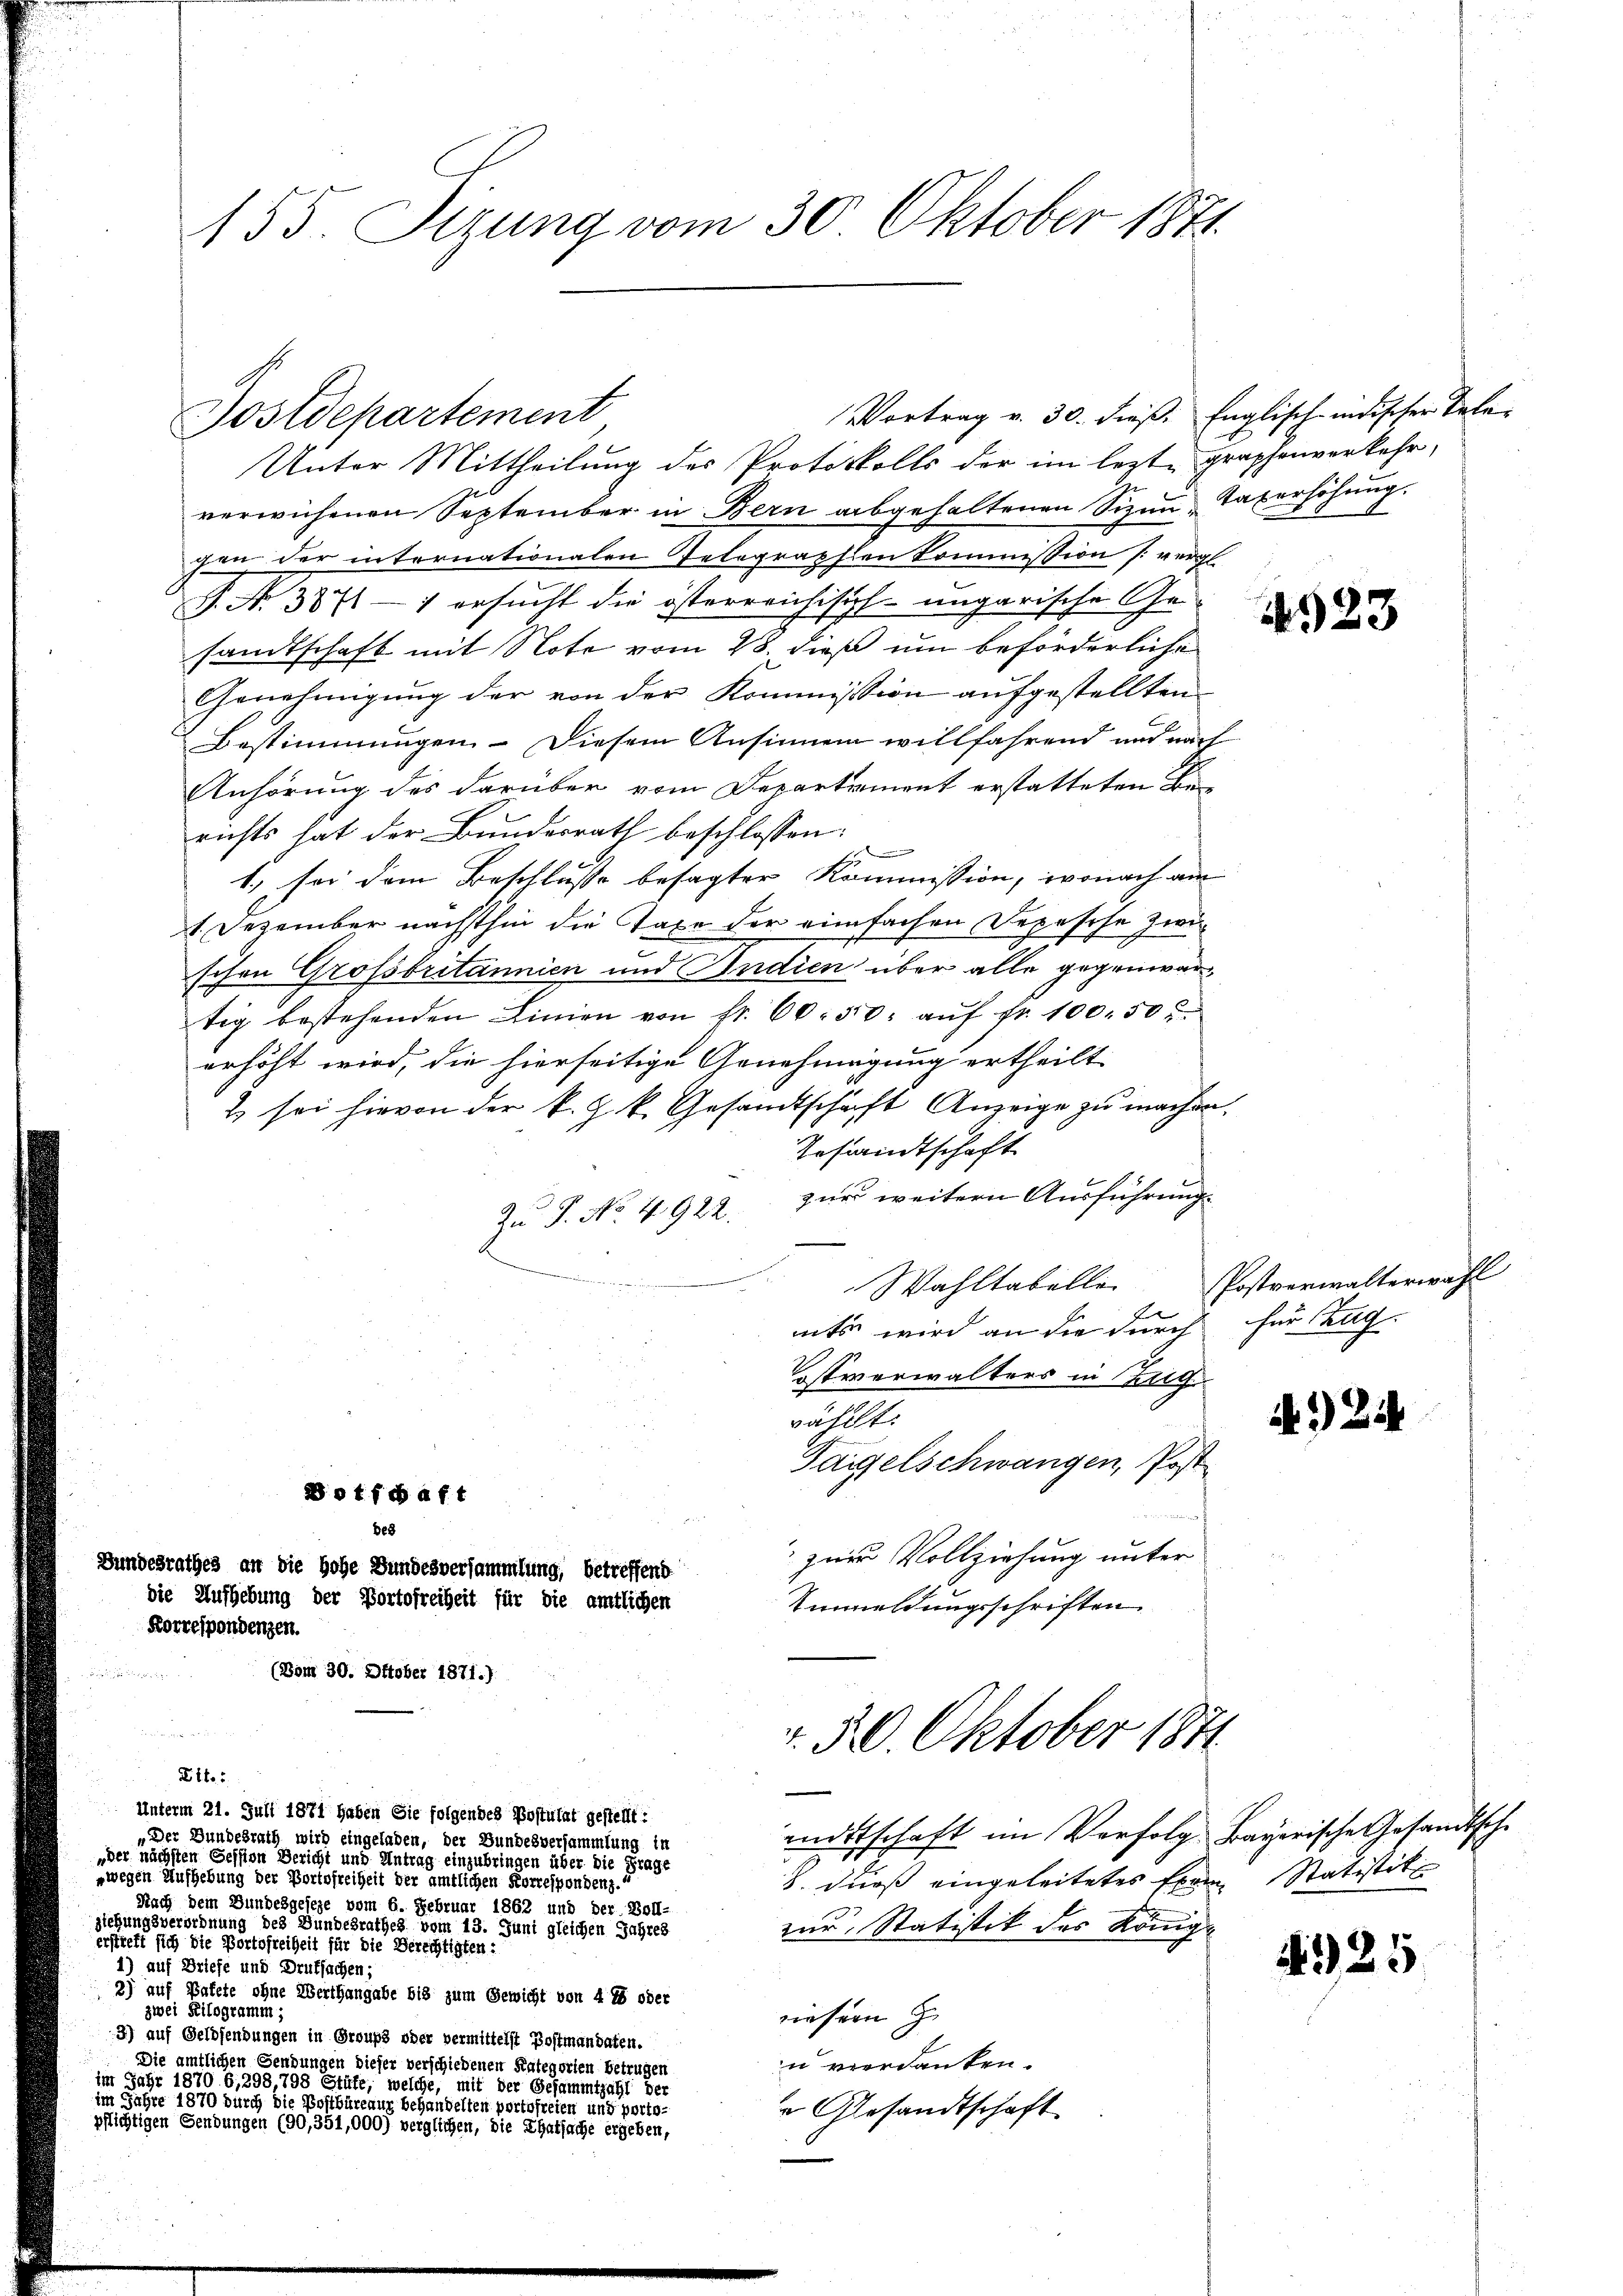
155 Sizung vom 30. Oktober 1871.

Postdepartement

Vortrag v. 30. dieß: Englisch-indischer Tele-
Unter Mittheilung des Protokolls der im lezte graphenverkehr,
verwichenen September in Bern abgehaltenen Sizen Taxerhöhung.
gen der internationalen Telegraphen Commission vergl.
P. N. 3871 — 1 ersucht die österreichisch-ungarische Gesandtschaft mit Note vom 28. dieß um beförderliche
Genehmigung der von der Kommission aufgestellten
Bestimmungen. Diesem Ansinnen willfahrend und nach
Anhörung des darüber vom Departement erstatteten Berichts hat der Bundesrath beschlossen:
1.) sei dem Beschlusse besagter Kommission, wonach am
1. Dezember nächsthin die Taxe der einfachen Depesche zwischen Grossbritannien und Indien über alle gegenwärtig bestehenden Linien von fr. 60. 50. aŭf fr. 100. 50.
erhöht wird, die hierseitige Genehmigung ertheilt
2 sei hievon der k. J. k. Gesandtschaft Anzeige zu machen.
Gesandtschaft
zur weitern Ausführung
Zu P. No. 4922.
ndern der
Wahltabelle
f
mts wird an die durch für Tag.
stverwalters in Hilf
wählt:
Taigelschwangen, Post
Dotfchaft
des
 zur Vollziehung unter
desrathes an die hohe Bundesversammlung, betreffend
die Aufhebung der Portofreiheit für die amtlichen
Umnmeldungsschriften
Korrespondenzen.
2
(Bom 30. Oktober 1871.)

Eit.:

Unterm 21. Juli 1871 haben Sie folgendes Postulat gestellt:
„Der Bundesrath wird eingeladen, der Bundesversammlung in
„der nächsten Session Bericht und Antrag einzubringen über die Frage
„wegen Aufhebung der Portofreiheit der amtlichen Korrespondenz.
Nach dem Bundesgeseze vom 6. Februar 1862 und der Boll-
iehungsverordnung des Bundesrathes vom 13. Juni gleichen Jahres
rieft sich die Portofreiheit für die Berechtigten:
1) auf Briefe und Drufsachen;
2) auf Pakete ohne Werthangabe bis zum Gewicht von 4 % oder
zwei Kilogramm,
3) auf Geldsendungen in Groups oder vermittelst Postmandaten.
Die amtlichen Gendungen dieser verschiedenen Kategorien betrugen
 Jahr 18706, 298, 79, welche an der Gesammtzahl der
n Jahre 1870 durch die Hoffbarung behandelten portofreien und Porto
slichtigen Gendungen (90,351,000) verglichen, die Thatsache ergeben,

nittschaft im Verfolg. Bayerische Gesandtsche
8. dieß eingeleitetes Exem Statistike
zur Statistik des König.
unsern z
n verdanken.
 Gesandtschaft

v. 30. Oktober 1871

1923

Postverwalterwahl

24

4325